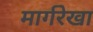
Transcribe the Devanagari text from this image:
मार्गरेखा